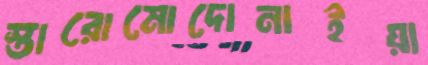
স্তারোমোদোনাইয়া